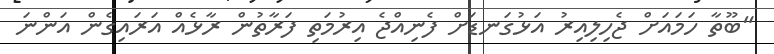
"ބޫތާ ހަމައަށް ޖެހިލިއިރު އަޅުގަނޑަށް ފެނިއްޖެ އިރުމަތި ފަރާތުން ރާޅެއް އަރައިގެން އަންނަ